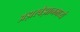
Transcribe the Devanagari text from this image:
अझरबैझानमध्ये